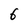
Character: 6